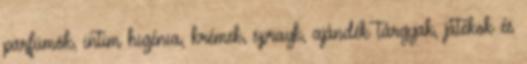
parfümök, intim higénia, krémek, sprayk, ajándék tárgyak, játékok és